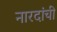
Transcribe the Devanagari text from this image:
नारदांची